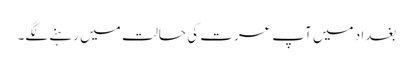
بغداد میں آپ عسرت کی حالت میں رہنے لگے۔